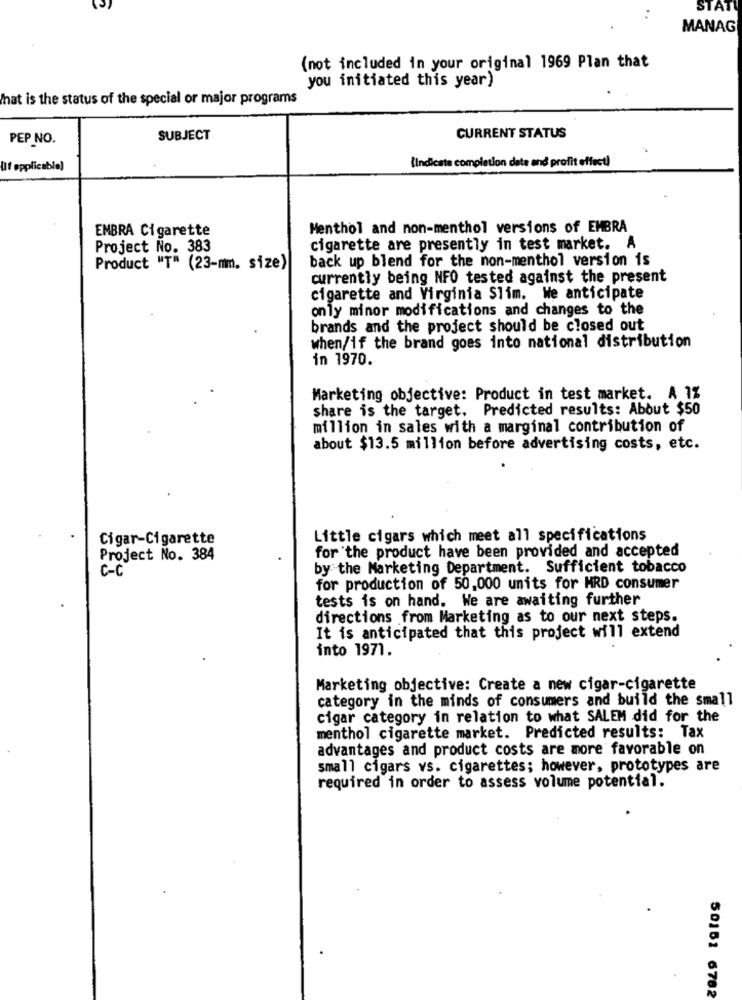
STATU
MANAG
(not included in your original 1969 Plan that
you initiated this year)
What is the status of the special or major programs
PEP NO.
SUBJECT
CURRENT STATUS
(Indicate completion date and profit effect)
Ulf applicable)
EMBRA Cigarette
Menthol and non-menthol versions of EMBRA
Project No. 383
cigarette are presently in test market. A
back up blend for the non-menthol version is
Product "T" (23-mm. size)
currently being NFO tested against the present
cigarette and Virginia Slim. We anticipate
only minor modifications and changes to the
brands and the project should be closed out
when/if the brand goes into national distribution
in 1970.
Marketing objective: Product in test market. A 1%
share is the target. Predicted results: About $50
million in sales with a marginal contribution of
about $13.5 million before advertising costs, etc.
Cigar-Cigarette
Little cigars which meet all specifications
for the product have been provided and accepted
Project No. 384
C - C
by the Marketing Department. Sufficient tobacco
for production of 50,000 units for HRD consumer
tests is on hand. We are awaiting further
directions from Marketing as to our next steps.
It is anticipated that this project will extend
into 1971.
Marketing objective: Create a new cigar-cigarette
category in the minds of consumers and build the small
cigar category in relation to what SALEM did for the
menthol cigarette market. Predicted results: Tax
advantages and product costs are more favorable on
small cigars vs. cigarettes; however, prototypes are
required in order to assess volume potential.
50151 6782